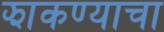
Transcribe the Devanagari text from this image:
झाकण्याचा